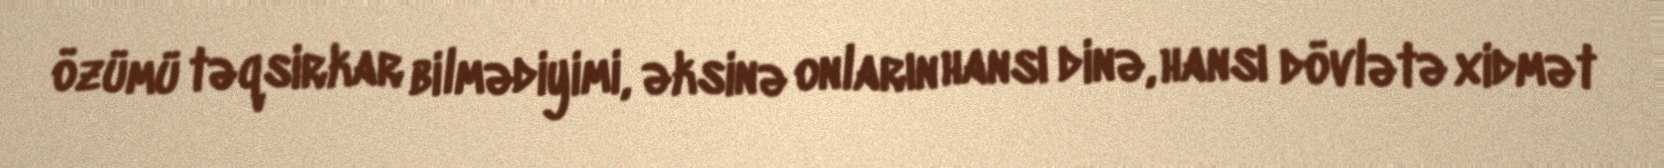
özümü təqsirkar bilmədiyimi, əksinə onların hansı dinə, hansı dövlətə xidmət